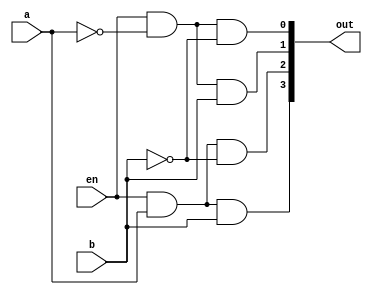
module decoder_2to4 (
    input a,b,en,
    output [3:0] out
);
assign out[0] =(en & ~a & ~b);
assign out[1] =(en & ~a & b);
assign out[2] =(en & a & ~b);
assign out[3] =(en & a & b);

endmodule